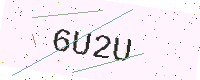
Text: 6U2U